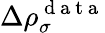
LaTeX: \Delta\rho_{\sigma}^{\mathrm{~d~a~t~a~}}